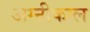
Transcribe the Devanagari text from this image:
अग्नीकाल